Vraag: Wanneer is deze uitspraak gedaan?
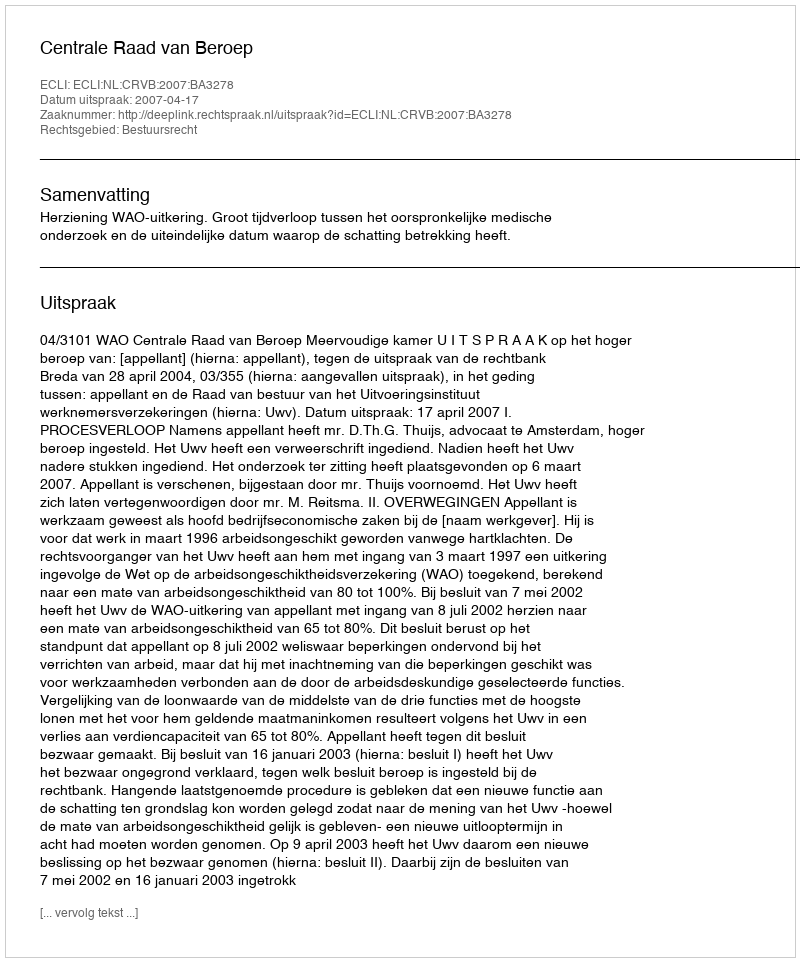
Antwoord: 2007-04-17